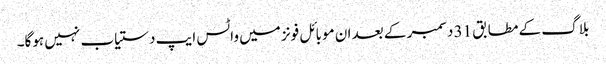
بلاگ کے مطابق 31 دسمبر کے بعد ان موبائل فونز میں واٹس ایپ دستیاب نہیں ہوگا۔